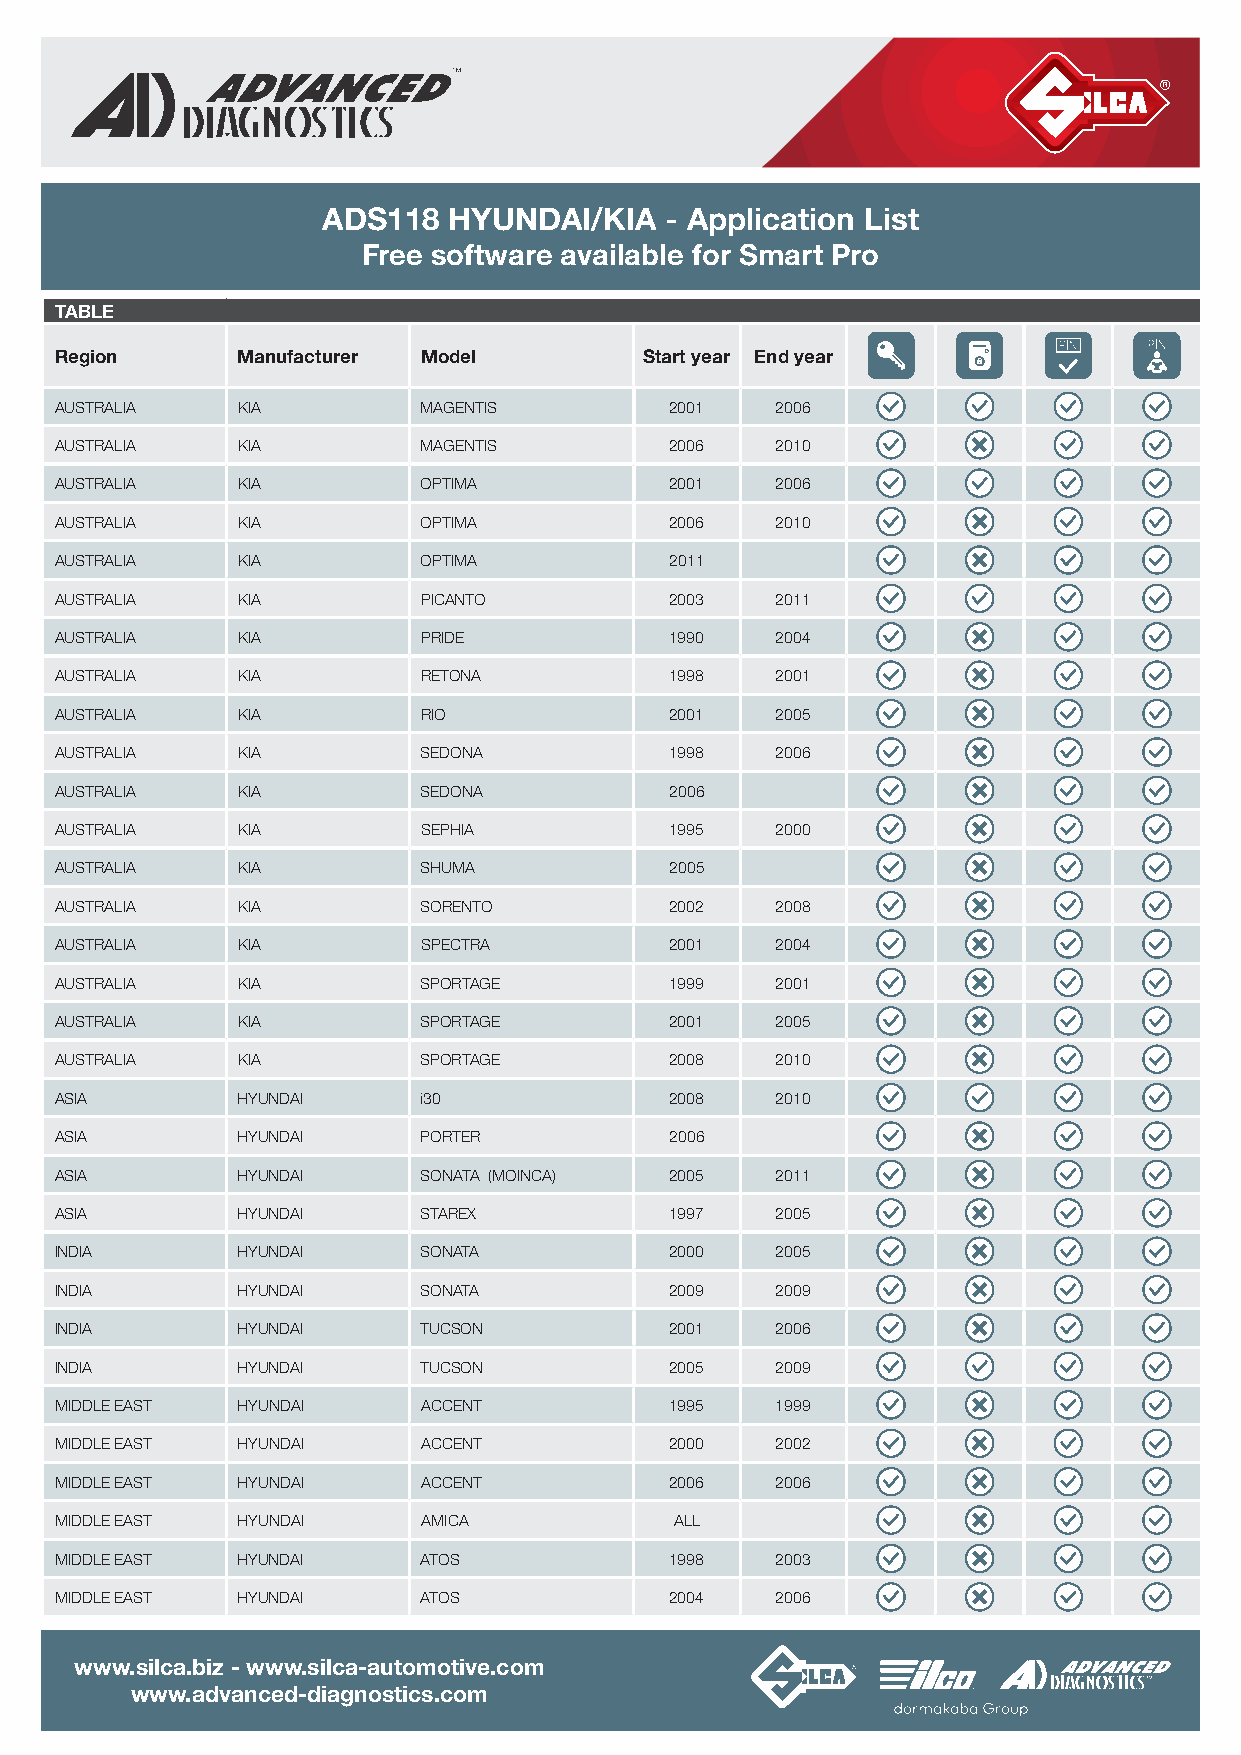
ADS118   HYUNDAI/KIA   - Application List
 Free software available for Smart Pro
 TABLE
 Region      Manufacturer Model         Start year End year
 AUSTRALIA   KIA         MAGENTIS        2001   2006
 AUSTRALIA   KIA         MAGENTIS        2006   2010
 AUSTRALIA   KIA         OPTIMA          2001   2006
 AUSTRALIA   KIA         OPTIMA          2006   2010
 AUSTRALIA   KIA         OPTIMA          2011
 AUSTRALIA   KIA         PICANTO         2003   2011
 AUSTRALIA   KIA         PRIDE           1990   2004
 AUSTRALIA   KIA         RETONA          1998   2001
 AUSTRALIA   KIA         RIO             2001   2005
 AUSTRALIA   KIA         SEDONA          1998   2006
 AUSTRALIA   KIA         SEDONA          2006
 AUSTRALIA   KIA         SEPHIA          1995   2000
 AUSTRALIA   KIA         SHUMA           2005
 AUSTRALIA   KIA         SORENTO         2002   2008
 AUSTRALIA   KIA         SPECTRA         2001   2004
 AUSTRALIA   KIA         SPORTAGE        1999   2001
 AUSTRALIA   KIA         SPORTAGE        2001   2005
 AUSTRALIA   KIA         SPORTAGE        2008   2010
 ASIA        HYUNDAI     i30             2008   2010
 ASIA        HYUNDAI     PORTER          2006
 ASIA        HYUNDAI     SONATA (MOINCA) 2005   2011
 ASIA        HYUNDAI     STAREX          1997   2005
 INDIA       HYUNDAI     SONATA          2000   2005
 INDIA       HYUNDAI     SONATA          2009   2009
 INDIA       HYUNDAI     TUCSON          2001   2006
 INDIA       HYUNDAI     TUCSON          2005   2009
 MIDDLE EAST HYUNDAI     ACCENT          1995   1999
 MIDDLE EAST HYUNDAI     ACCENT          2000   2002
 MIDDLE EAST HYUNDAI     ACCENT          2006   2006
 MIDDLE EAST HYUNDAI     AMICA            ALL
 MIDDLE EAST HYUNDAI     ATOS            1998   2003
 MIDDLE EAST HYUNDAI     ATOS            2004   2006
 www.silca.biz - www.silca-automotive.com
 www.advanced-diagnostics.com